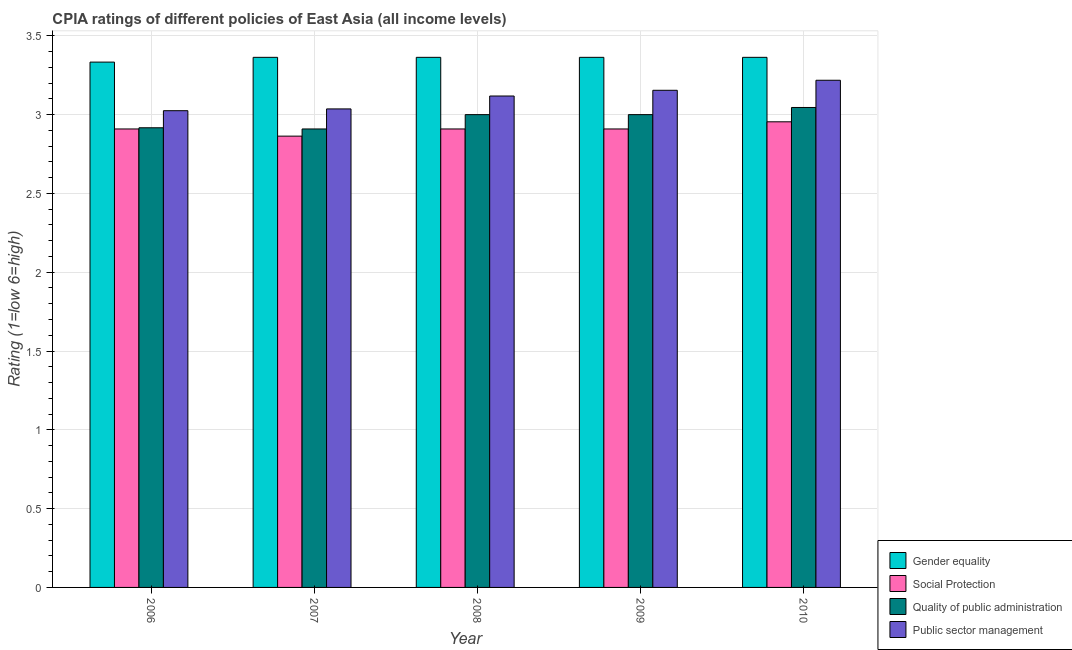
| Year | Gender equality | Social Protection | Quality of public administration | Public sector management |
 | --- | --- | --- | --- | --- |
 | 2006 | 3.33 | 2.91 | 2.92 | 3.02 |
 | 2007 | 3.36 | 2.86 | 2.91 | 3.04 |
 | 2008 | 3.36 | 2.91 | 3 | 3.12 |
 | 2009 | 3.36 | 2.91 | 3 | 3.15 |
 | 2010 | 3.36 | 2.95 | 3.05 | 3.22 |